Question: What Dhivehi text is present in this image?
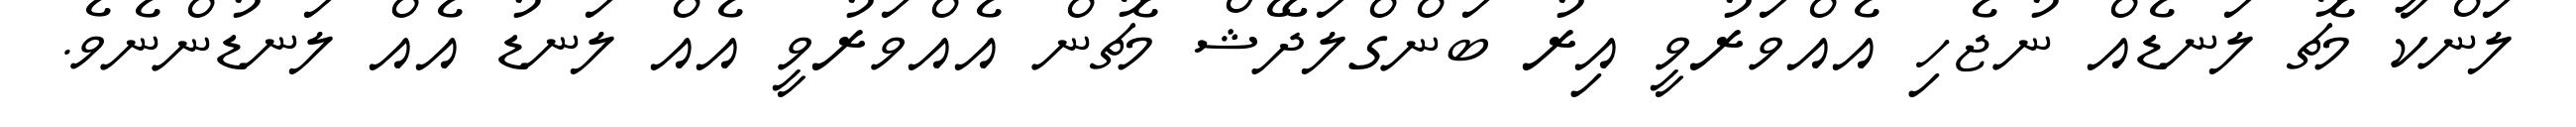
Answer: ލަންކާ މެޗު ލަނޑެއް ނުޖެހި އެއްވަރުވީ އިރު ބަންގްލަދޭޝް މެޗުން އެއްވަރުވީ އެއް ލަނޑު އެއް ލަނޑުންނެވެ.